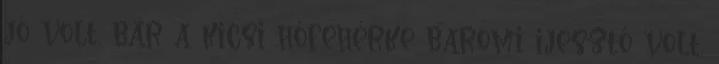
jó volt, bár a kicsi hőfehérke baromi ijesztő volt.